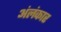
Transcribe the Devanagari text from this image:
अंलंकार